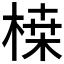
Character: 𭪷